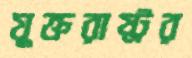
যুক্তরাষ্ট্রর